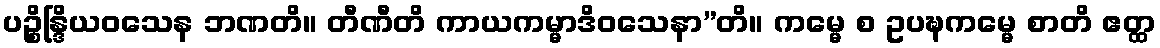
ပဉ္စိန္ဒြိယဝသေန ဘဏတိ။ တီဏီတိ ကာယကမ္မာဒိဝသေနာ”တိ။ ကမ္မေ စ ဥပဍ္ဎကမ္မေ စာတိ ဧတ္ထ